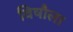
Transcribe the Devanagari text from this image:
विषौला